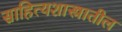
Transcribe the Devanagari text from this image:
साहित्यशास्त्रातील